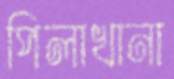
পিলাখানা